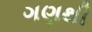
ગણથી